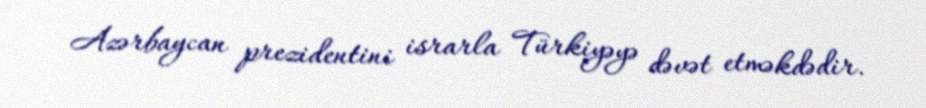
Azərbaycan prezidentini israrla Türkiyəyə dəvət etməkdədir.